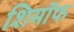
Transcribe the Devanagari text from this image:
शिमॉफ